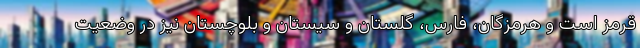
قرمز است و هرمزگان، فارس، گلستان و سیستان و بلوچستان نیز در وضعیت